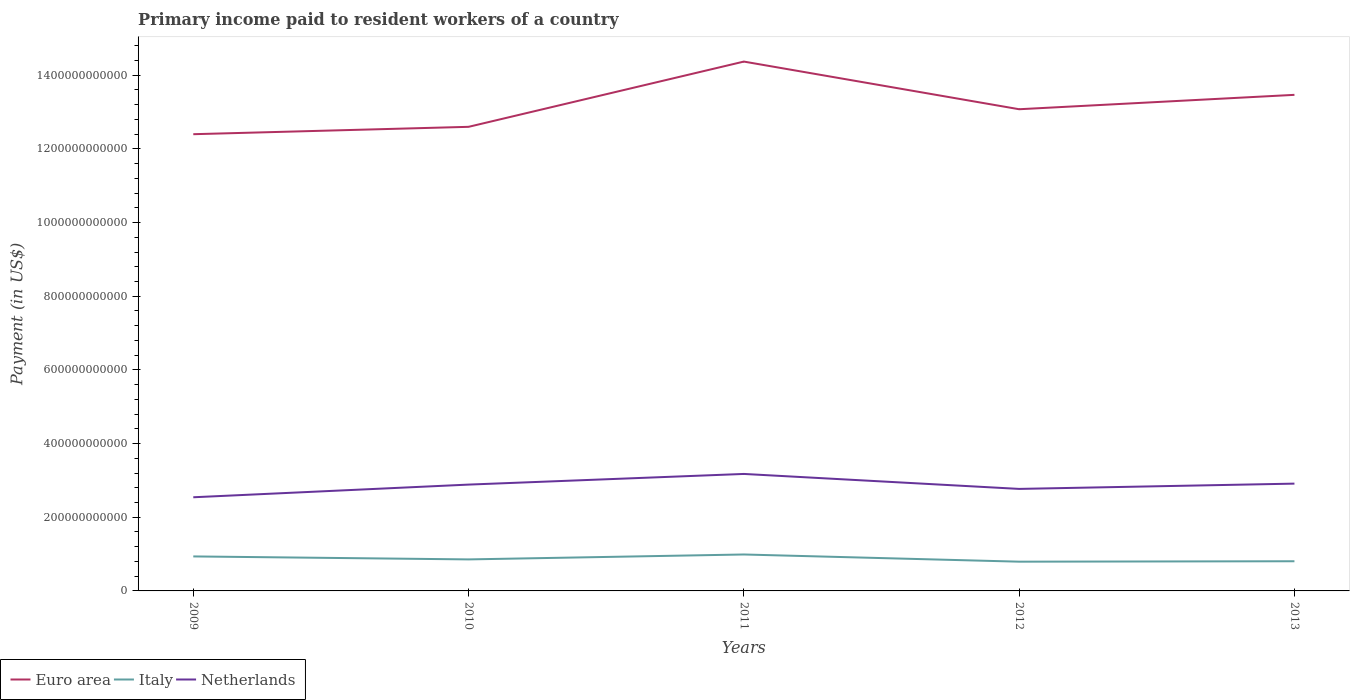
| Years | Euro area | Italy | Netherlands |
 | --- | --- | --- | --- |
 | 2009 | 1.24e+12 | 9.37e+10 | 2.54e+11 |
 | 2010 | 1.26e+12 | 8.56e+10 | 2.89e+11 |
 | 2011 | 1.44e+12 | 9.89e+10 | 3.18e+11 |
 | 2012 | 1.31e+12 | 7.94e+10 | 2.77e+11 |
 | 2013 | 1.35e+12 | 8.06e+10 | 2.91e+11 |